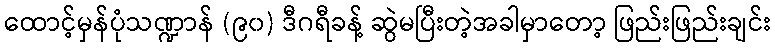
ထောင့်မှန်ပုံသဏ္ဍာန် (၉၀) ဒီဂရီခန့် ဆွဲမပြီးတဲ့အခါမှာတော့ ဖြည်းဖြည်းချင်း